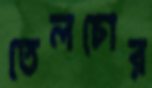
তেলচোর